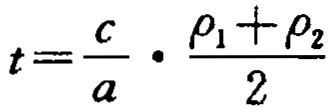
\[t=\frac{c}{a}\cdot\frac{\rho_{1}+\rho_{2}}{2}\]